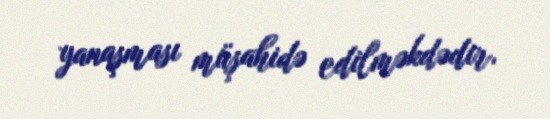
yanaşması müşahidə edilməkdədir.